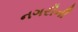
નગરીની